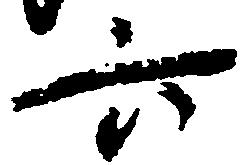
六